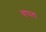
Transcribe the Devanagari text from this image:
वाप्पला